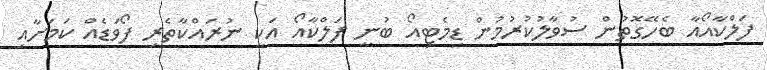
ފަލްކާއޯއާ ބެހޭގޮތުން ސުވާލުކުރުމުން ޑިމެޓިއޯ ބުނީ ފަލްކާއޯ އަކީ ނުރައްކާތެރި ފޯވަޑެއް ކަމަށާއި